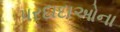
પરદાદાઓના